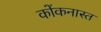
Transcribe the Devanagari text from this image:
कोंकनास्त